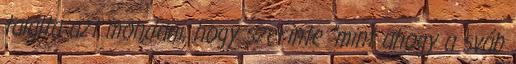
találta azt mondani, hogy szerinte "mint ahogy a sváb